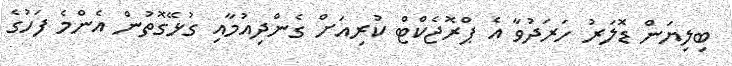
ބިލިޔަން ޑޮލަރު ހަރަދުވާ އެ ޕްރޮޖެކްޓް ކުރިއަށް ގެންދިއުމާއި ގުޅޭގޮތުން އެންމެ ފަހުގެ